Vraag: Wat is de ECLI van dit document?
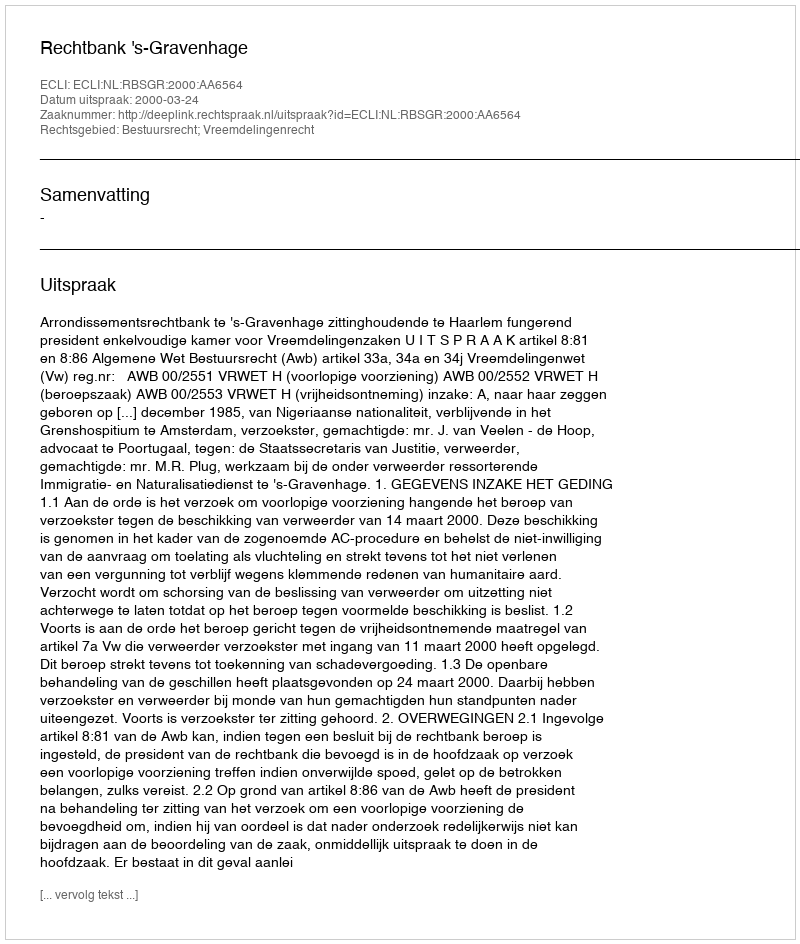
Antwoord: ECLI:NL:RBSGR:2000:AA6564